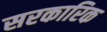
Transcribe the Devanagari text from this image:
सरकारिक